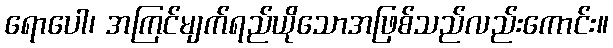
ရောပေါ၊ အကြင်မျက်ရည်ယိုသောအဖြစ်သည်လည်းကောင်း။